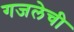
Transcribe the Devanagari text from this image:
गजलेची